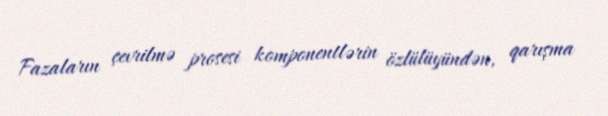
Fazaların çevrilmə prosesi komponentlərin özlülüyündən, qarışma